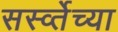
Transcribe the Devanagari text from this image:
सर्स्व्तेच्या